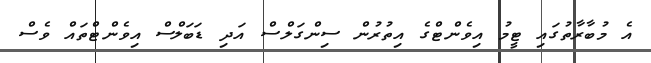
އެ މުބާރާތުގައި ޓީމު އިވެންޓްގެ އިތުރުން ސިންގަލްސް އަދި ޑަބަލްސް އިވެންޓްތައް ވެސް